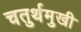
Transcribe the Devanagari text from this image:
चतुर्थमुखी